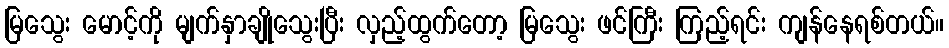
မြသွေး မောင့်ကို မျက်နှာချိုသွေးပြီး လှည့်ထွက်တော့ မြသွေး ဖင်ကြီး ကြည့်ရင်း ကျန်နေရစ်တယ်။